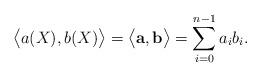
LaTeX: \begin{align*} \big\langle a(X), b(X)\big\rangle= \big\langle {\bf a},{\bf b}\big\rangle=\sum_{i=0}^{n-1}a_ib_i.\end{align*}